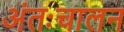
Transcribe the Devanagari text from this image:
अंतःचालन